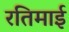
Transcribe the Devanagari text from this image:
रतिमाई